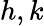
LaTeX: h,k